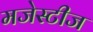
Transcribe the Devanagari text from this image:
मजेस्टीज